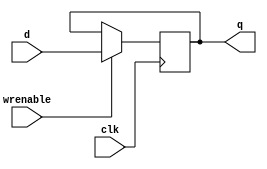
module register32
(
output reg [31:0] q,
input       [31:0] d,
input       wrenable,
input       clk
);
//genvar i;
//generate
//for (i=0;i<32;i=i+1)begin
    always @(posedge clk) begin
        if(wrenable) begin
            q<= d;
        end
    end
  //  end
endmodule